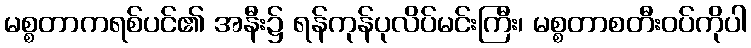
မစ္စတာကရစ်ပင်၏ အနီး၌ ရန်ကုန်ပုလိပ်မင်းကြီး၊ မစ္စတာစတီးဝပ်ကိုပါ